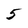
Character: 5